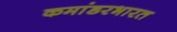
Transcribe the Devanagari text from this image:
कमांडरभारत